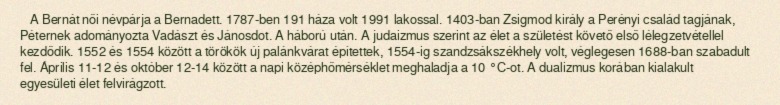
A Bernát női névpárja a Bernadett. 1787-ben 191 háza volt 1991 lakossal. 1403-ban Zsigmod király a Perényi család tagjának, Péternek adományozta Vadászt és Jánosdot. A háború után. A judaizmus szerint az élet a születést követő első lélegzetvétellel kezdődik. 1552 és 1554 között a törökök új palánkvárat építettek, 1554-ig szandzsákszékhely volt, véglegesen 1688-ban szabadult fel. Április 11-12 és október 12-14 között a napi középhőmérséklet meghaladja a 10 °C-ot. A dualizmus korában kialakult egyesületi élet felvirágzott.